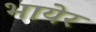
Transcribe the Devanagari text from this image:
भायेर